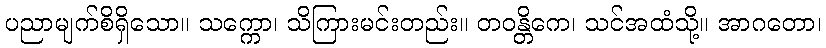
ပညာမျက်စိရှိသော။ သက္ကော၊ သိကြားမင်းတည်း။ တဝန္တိကေ၊ သင်အထံသို့။ အာဂတော၊